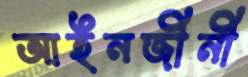
আইনজীনী